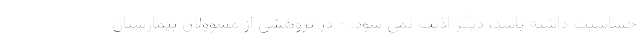
حساسیت داشته باشد، دیگر اذیت نمی شود. - در پژوهشی از مسوولان بیمارستان